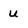
Character: u